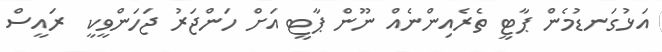
އަޅުގަނޑުމެން ޕާޓީ ތެރެއިންނެއް ނޫން ޕާޓީ އަށް ހަންޖަރު ޖަހަންވީކީ  ރައީސް